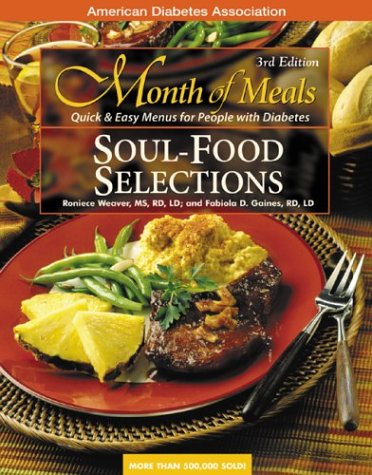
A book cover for Month of Meals: Soul Food; Roniece Weaver; Health, Fitness & Dieting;